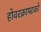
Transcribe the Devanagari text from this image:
होवरक्राफ्टको